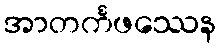
အာတင်္ကဖဿေန